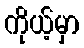
ကိုယ့်မှာ